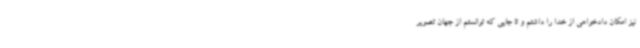
نیز امکان دادخواهی از خدا را داشتم و تا جایی که توانستم از جهان تصویر